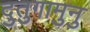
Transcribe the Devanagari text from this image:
दुतुगामुनु